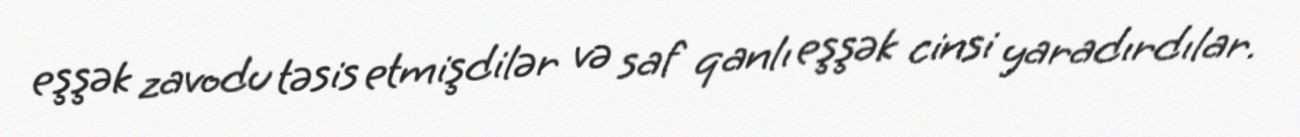
eşşək zavodu təsis etmişdilər və saf qanlı eşşək cinsi yaradırdılar.